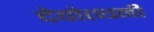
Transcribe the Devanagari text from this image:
देवोत्थनी